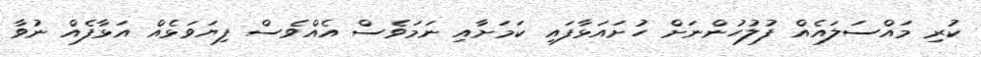
ކުރި މައްސަލައެއް ފުލުހުންނަށް ހުށައަޅާފައި ކަމަށާއި ނަމަވެސް އެއްވެސް ފިޔަވަޅެއް އަޅާފެއް ނުވާ